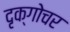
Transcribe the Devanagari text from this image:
दृक्गोचर